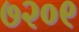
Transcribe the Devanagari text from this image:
७२०९